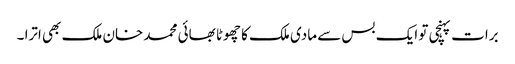
برات پہنچی تو ایک بس سے مادی ملک کا چھوٹا بھائی محمد خان ملک بھی اترا ۔